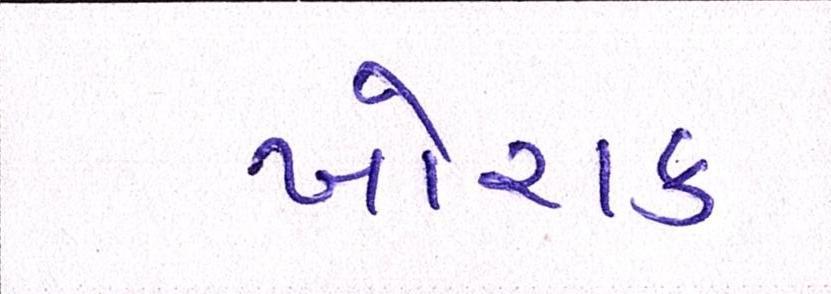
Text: ખોરાક